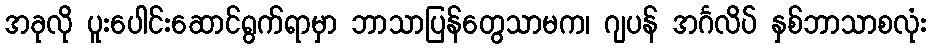
အခုလို ပူးပေါင်းဆောင်ရွက်ရာမှာ ဘာသာပြန်တွေသာမက၊ ဂျပန် အင်္ဂလိပ် နှစ်ဘာသာစလုံး